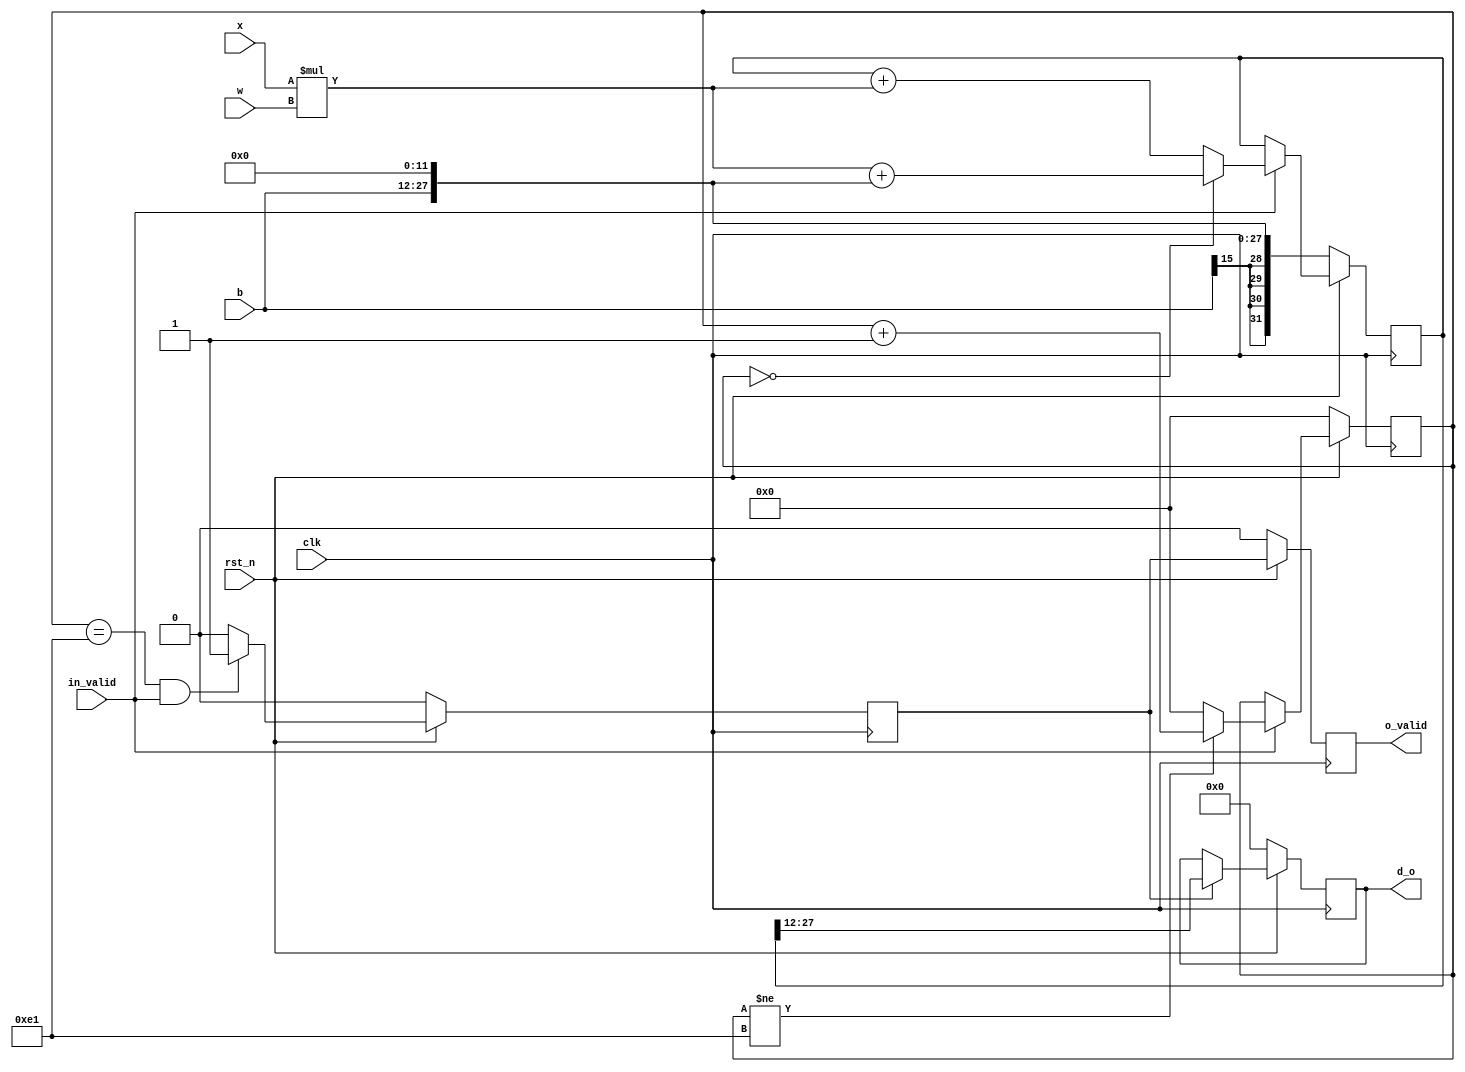
module PE #(
  parameter INPUT_SIZE=226,
  parameter FL=12,
  parameter D_WL=16
 // parameter O_WL=20,
 // parameter W_WL=18,
  //parameter D_WL=18,
 // parameter B_WL=18
  //parameter bias=0        
)(
   input             clk,
   input             rst_n,
   input [D_WL-1:0]  x,
   input [D_WL-1:0]  w,
   input [D_WL-1:0]  b,
   output reg[D_WL-1:0]  d_o,

   input             in_valid,
   output reg        o_valid
);                             

wire signed [2*D_WL-1:0] x_in;
assign x_in = {{(D_WL){x[D_WL-1]}},x};
wire signed [2*D_WL-1:0] w_in;
assign w_in = {{(D_WL){w[D_WL-1]}},w};
wire signed [2*D_WL-1:0] b_in;
assign b_in = {{(D_WL-FL){b[D_WL-1]}},b,{(FL){1'b0}}};

reg[7:0] cnt;
always @( posedge clk ) 
  if( !rst_n )
    cnt<='h0;
  else if( in_valid ) begin
    if( cnt!=INPUT_SIZE-1 )	  
      cnt<=cnt+1'b1;
    else 
      cnt<='h0;	    
  end                       
  //else
    //cnt<=8'h00;

reg signed [2*D_WL-1:0] d_o_d;
wire signed [2*D_WL-1:0] XW;
//wire signed [2*O_WL-1:0] dd;
assign XW=x_in*w_in;
//assign dd=XW[O_WL+FL-1:FL];

always @( posedge clk )
  if( !rst_n )
    d_o_d<=b_in;
  else if( in_valid ) begin
    if( cnt==8'h00 )
      d_o_d <= XW+b_in;
    else
      d_o_d <= d_o_d+XW;
  end

reg o_valid_p;
always @( posedge clk )
  if( !rst_n )
    o_valid_p <= 1'b0;
  else if( cnt==INPUT_SIZE-1 && in_valid )
    o_valid_p <= 1'b1;
  else
    o_valid_p <= 1'b0;	  

always @( posedge clk )
  if( !rst_n )
    d_o <= 'h0;
  else if( o_valid_p )
    d_o = d_o_d[D_WL+FL-1:FL];

always @( posedge clk )
  if( !rst_n )
   o_valid <= 1'b0;
  else
   o_valid <= o_valid_p;	  

endmodule